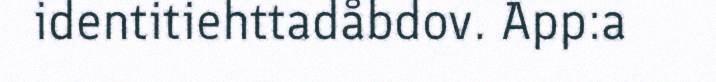
identitiehttadåbdov. App:a